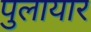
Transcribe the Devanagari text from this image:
पुलायार